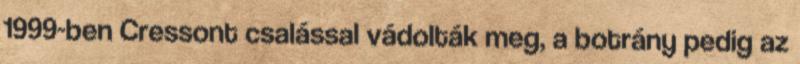
1999-ben Cressont csalással vádolták meg, a botrány pedig az